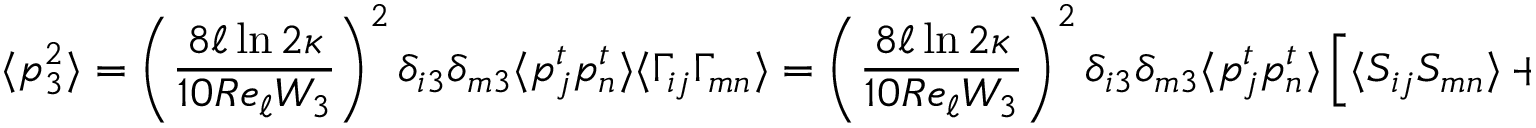
\langle p _ { 3 } ^ { 2 } \rangle = \left( \frac { 8 \ell \ln { 2 \kappa } } { 1 0 R e _ { \ell } W _ { 3 } } \right) ^ { 2 } \delta _ { i 3 } \delta _ { m 3 } \langle p _ { j } ^ { t } p _ { n } ^ { t } \rangle \langle \Gamma _ { i j } \Gamma _ { m n } \rangle = \left( \frac { 8 \ell \ln { 2 \kappa } } { 1 0 R e _ { \ell } W _ { 3 } } \right) ^ { 2 } \delta _ { i 3 } \delta _ { m 3 } \langle p _ { j } ^ { t } p _ { n } ^ { t } \rangle \left[ \langle S _ { i j } S _ { m n } \rangle + \langle R _ { i j } R _ { m n } \rangle \right]